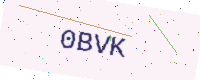
Text: 0BVK